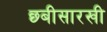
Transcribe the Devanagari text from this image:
छ्बीसारखी